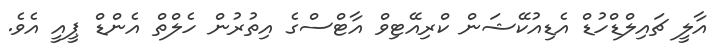
އާލީ ޗައިލްޑްހުޑް އެޑިއުކޭޝަން ކްރިއޭޓިވް އާޓްސްގެ އިތުރުން ހެލްތް އެންޑް ޕީއީ އެވެ.